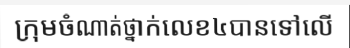
ក្រុមចំណាត់ថ្នាក់លេខ៤បានទៅលើ